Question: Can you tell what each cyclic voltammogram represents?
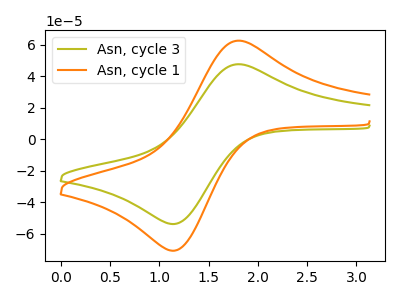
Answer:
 <answer>The olive curve is labeled "Asn, cycle 3". The orange curve is labeled "Asn, cycle 1".</answer>
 <eval></eval>